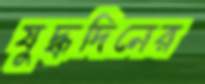
যুদ্ধদিনের